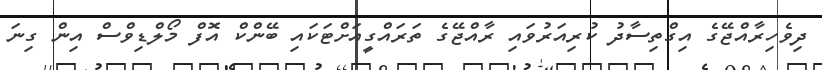
ދިވެހިރާއްޖޭގެ އިގްތިސާދު ކުރިއަރުވައި ރާއްޖޭގެ ތަރައްގީއަށްޓަކައި ބޭންކް އޮފް މޯލްޑިވްސް އިން ގިނަ